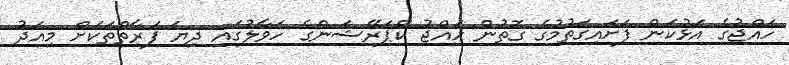
ހައްޖުގެ އަޅުކަން ފަށައިގަތުމުގެ ގޮތުން ހައްޖު ކޯޕަރޭޝަންގެ ހަވާލުގައި ދިޔަ ފަރާތްތަކަށް މިއަދު